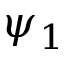
\psi _ { 1 }